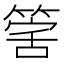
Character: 𥯾